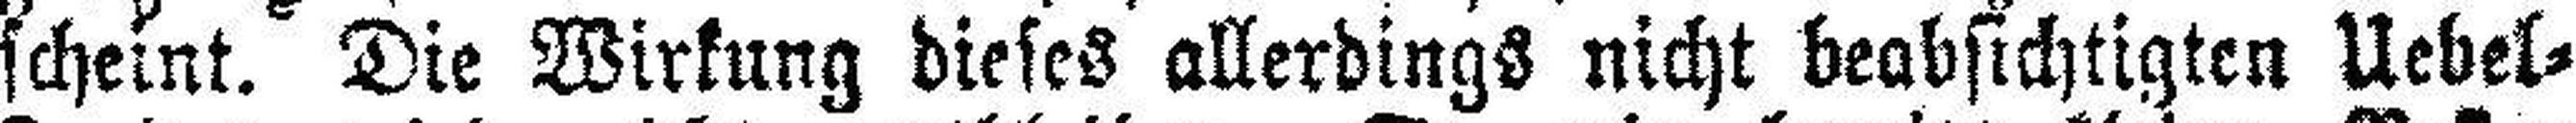
scheint. Die Wirkung dieses allerdings nicht beabsichtigten Uebel¬